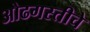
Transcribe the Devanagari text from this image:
ओढगस्तीचे